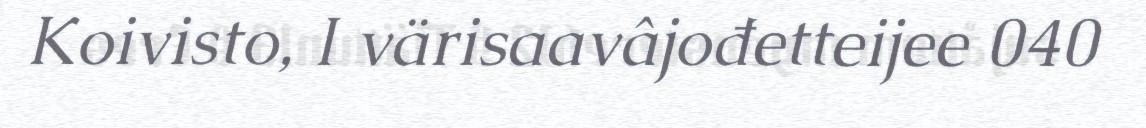
Koivisto, I värisaavâjođetteijee 040